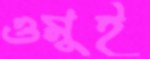
ওমুই